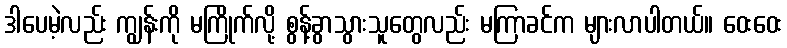
ဒါပေမဲ့လည်း ကျွန်းကို မကြိုက်လို့ စွန့်ခွာသွားသူတွေလည်း မကြာခင်က များလာပါတယ်။ ဝေးဝေး